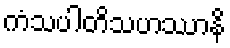
ကံသပါတိသဟဿာနိ